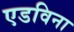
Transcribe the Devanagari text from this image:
एडविना